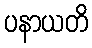
ပနာယတိ